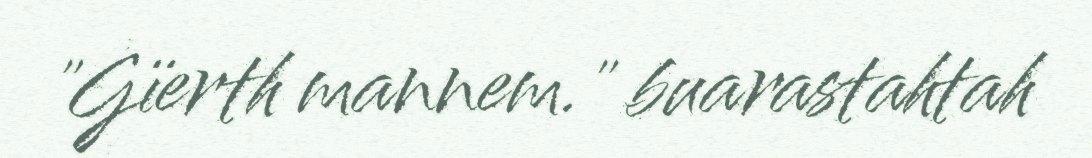
"Gïerth mannem." buarastahtah